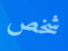
شخص